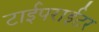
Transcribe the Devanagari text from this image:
टाईपराईटर